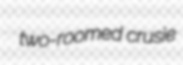
two-roomed crusie